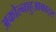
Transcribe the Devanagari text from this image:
अकोल्नाहुआकाट्ल